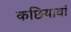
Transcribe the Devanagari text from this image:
कछियावां